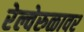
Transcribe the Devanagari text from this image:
रेल्वेरुळावर